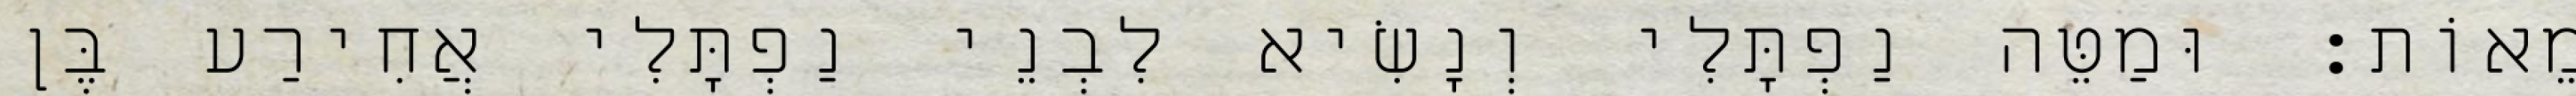
מֵאוֹת׃ וּמַטֵּה נַפְתָּלִי וְנָשִׂיא לִבְנֵי נַפְתָּלִי אֲחִירַע בֶּן